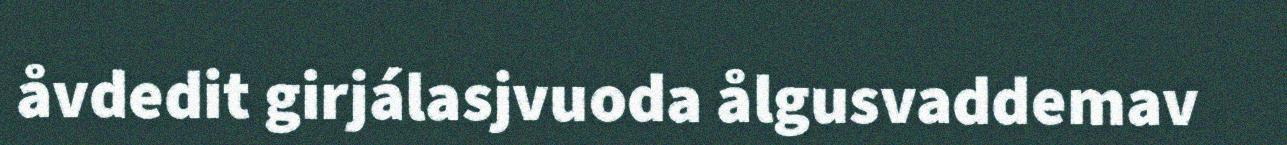
åvdedit girjálasjvuoda ålgusvaddemav